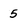
Character: 5